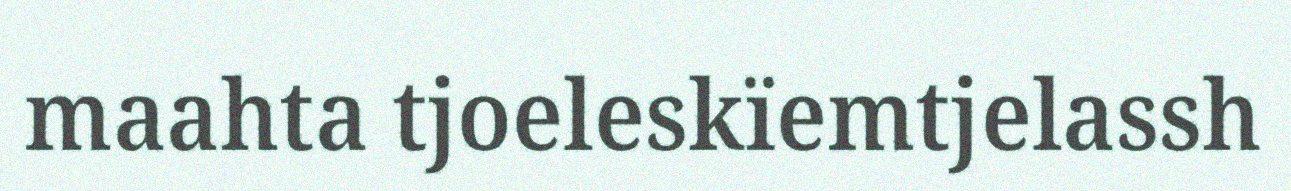
maahta tjoeleskïemtjelassh